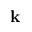
\mathbf { k }